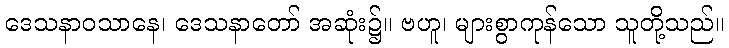
ဒေသနာဝသာနေ၊ ဒေသနာတော် အဆုံး၌။ ဗဟူ၊ များစွာကုန်သော သူတို့သည်။